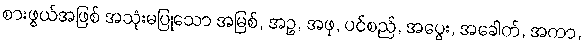
စားဖွယ်အဖြစ် အသုံးမပြုသော အမြစ်, အဥ, အဖု, ပင်စည်, အပွေး, အခေါက်, အကာ,